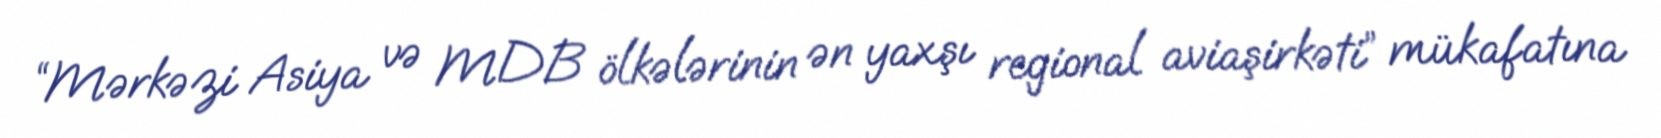
“Mərkəzi Asiya və MDB ölkələrinin ən yaxşı regional aviaşirkəti” mükafatına